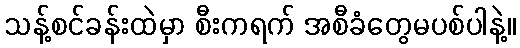
သန့်စင်ခန်းထဲမှာ စီးကရက် အစီခံတွေမပစ်ပါနဲ့။